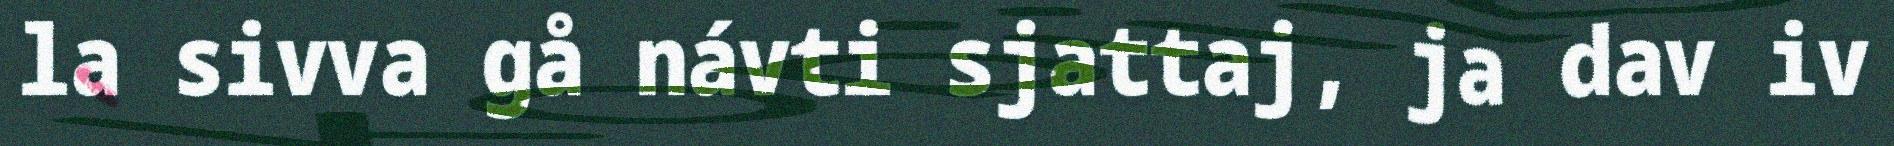
la sivva gå návti sjattaj, ja dav iv